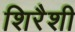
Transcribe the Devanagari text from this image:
शिरैशी